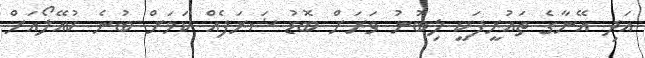
އަދި އޭނާގެ ތައުރީފަކީ ލިބުނު ވަރަށް ބޮޑު ޝަރަފެއް ކަމަށް ބުނެ ކުއޭލޯއަށް